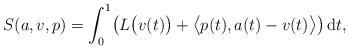
\begin{gather*} S ( a, v , p ) = \int _0 ^1 \bigl( L \bigl( v (t) \bigr) + \bigl\langle p (t) , a (t) - v (t) \bigr\rangle \bigr) \,\mathrm{d}t , \end{gather*}